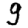
Digit: 9